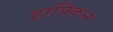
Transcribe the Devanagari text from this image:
हाफ्किन